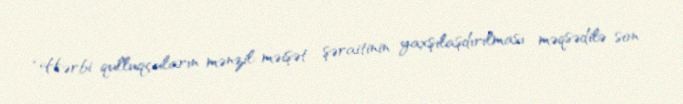
“Hərbi qulluqçuların mənzil-məişət şəraitinin yaxşılaşdırılması məqsədilə son